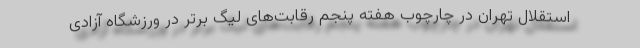
استقلال تهران در چارچوب هفته پنجم رقابت‌های لیگ برتر در ورزشگاه آزادی